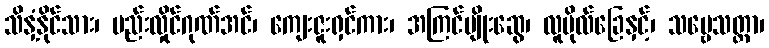
သိနှံ့နိုင်သား၊ ပည်းလှိုင်ဂုဏ်အင်၊ ကျေးဇူးရှင်ကား၊ အကြင်မျိုးဆွေ၊ လူဗိုလ်ခြေနှင့်၊ သဗ္ဗေသတ္တာ၊